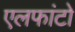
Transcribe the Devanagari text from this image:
एलफांटो